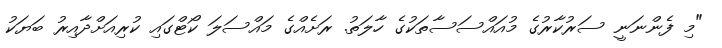
"މި ފެންނަނީ ސަރުކާރުގެ މުއައްސަސާތަކުގެ ހާލަތު. ރަށެއްގެ މައްސަލަ ކޯޓްގައި ކުރިއަށްދާއިރު ބަޔަކު